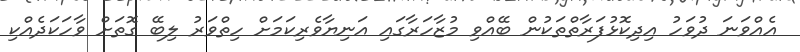
އެއްވަނަ ދުވަހު އިދިކޮޅުފަރާތްތަކުން ބޭއްވި މުޒާހަރާގައި އަނިޔާވެރިކަމަށް ހިތްވަރު ލިބޭ ގޮތަށް ވާހަކަދެއްކި